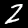
Label: 2